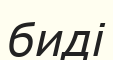
биді